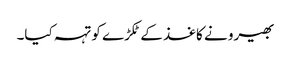
بھیرو نے کاغذ کے ٹکڑے کو تہہ کیا۔